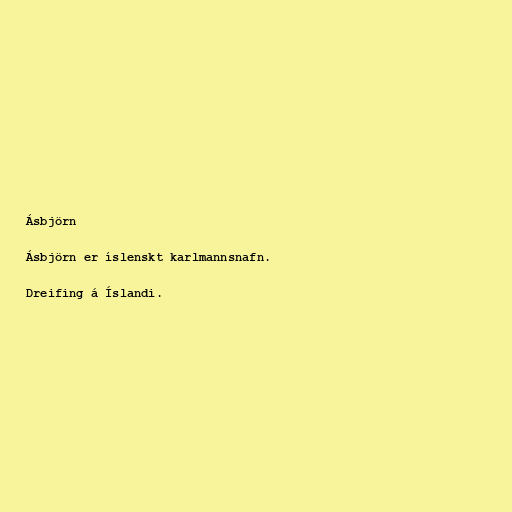
Ásbjörn

Ásbjörn er íslenskt karlmannsnafn.

Dreifing á Íslandi.